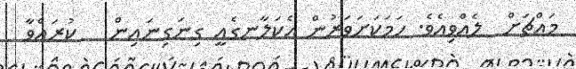
މައްޗަށް  ލެއްވިއެވެ. ހަމަކަށަވަރުން އެކަލާނގެއީ ގިނަގިނައިން   ކުރައްވާ